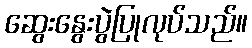
ဆွေးနွေးပွဲပြုလုပ်သည်။